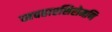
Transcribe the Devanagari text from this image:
व्यवहारशिरोमणि